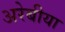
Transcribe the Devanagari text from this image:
अरेबीया